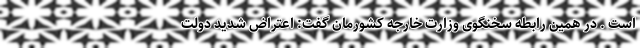
است . در همین رابطه سخنگوی وزارت خارجه کشورمان گفت: اعتراض شدید دولت